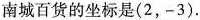
南城百货的坐标是（2，-3）.